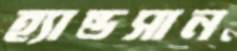
হ্যান্ডসান